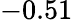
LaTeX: -0.51